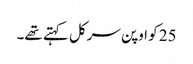
25 کو اوپن سرکل کہتے تھے۔